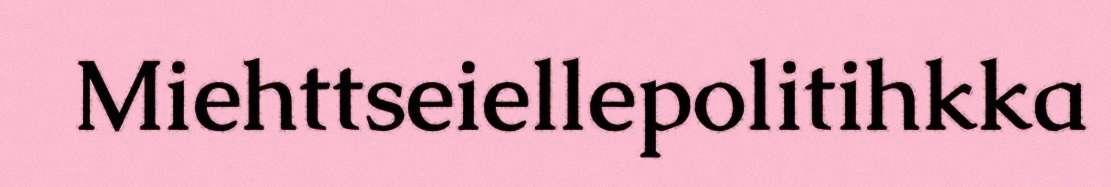
Miehttseiellepolitihkka